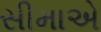
સીમાએ